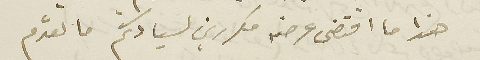
هذا ما اقتضى عرضه مكررين لسيادتكم ما تقدم